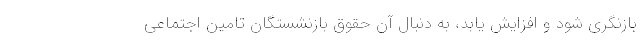
بازنگری شود و افزایش یابد، به دنبال آن حقوق بازنشستگان تامین اجتماعی